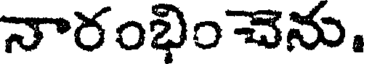
నారంభించెను.